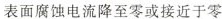
表面腐蚀电流降至零或接近于零